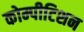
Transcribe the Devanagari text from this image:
कोम्पीटिशन